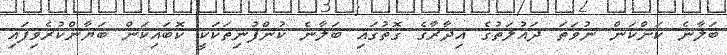
ބަލާނެ ކަންކަން ނުވަތަ ދައުލަތުގެ އިދާރާގެ ގޮތުގައި ބަލާނެ ކުންފުނިތަކަކީ ކޮބައިކަން ބަޔާންކުރެވިފައި